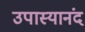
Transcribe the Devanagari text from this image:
उपास्यानंद